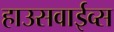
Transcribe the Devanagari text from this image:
हाउसवाईव्स